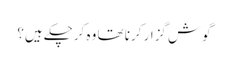
گوش گزار کرنا تھا وہ کرچکے ہیں؟